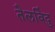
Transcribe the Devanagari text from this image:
तैलविंदु